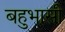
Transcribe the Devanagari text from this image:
बहुभासी